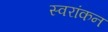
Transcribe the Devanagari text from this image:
स्वरांकन